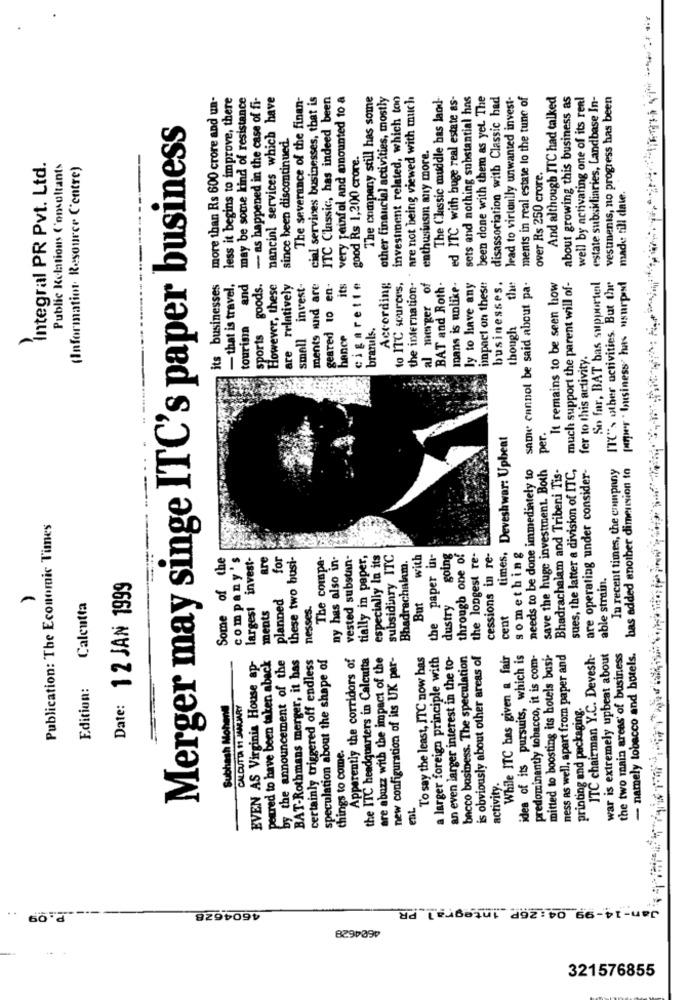
more than Rs 600 crore and un-
less it begins to improve, there
may be some kind of resistance
- as happened in the case of fi-
nancinl services which have
The severance of the finan-
cial services businesses, that is
ITC Classic, has indeed been
very painful and amounted to a
The company still has some
other financial activities, mostly
investment related, which too
are not being viewed with much
The Classic muddle bas laod-
ed ITC with huge real estate as-
sets and nothing substantial has
been done with them as yet. The
disassociation with Classic had
lead to virtually unwanted invest-
ments in real estate lo the tune of
And although ITC had talked
about growing this business as
well by activating one of its real
estate subsidiaries, Landbase In-
vesunenis, no progress has been
Merger may singe ITC's paper business
since been discontinued.
good Rs 1,200 crore.
enthusiasm any more.
Integral PR Pvt. Ltd.
Public Relations Consultants
(Information Resource Centre)
over Rs 250 crore.
made: till date.
ITC's other activities. But the
[oaper " business" has usurped
its businesses
- that is travel.
tourism and
sports goods.
However, these
are relatively
small invest-
ments and are
geared to en-
its
cigarette
According
to IT℃ sources,
the internation.
al merger of
BAT and Roth.
Inans is unlike-
ly to have any
impact on these
businesses.
the
same cannot be said about pa-
It remains to be seen how
much support the parent will of-
So far, BAT bas supporteil
brandls.
though
hence
fer to this activity.
times, Deveshwar: Upbeat
per.
needs to be done immediately to
save the huge investment. Both
Bhadrachalam and Tribeni Tis-
sues, the latter a division of ITC,
are operating under consider-
In recent times, the company
has added another dimension to
Publication: The Economic Times
Some of the
company's
invest-
are
for
these two busi-
The compa-
ny has also in-
vested substan-
tially in paper,
especially in its
subsidiary ITC
Bhadrachalam.
But with
the paper in-
dustry going
through one of
the longest re-
cessions in re-
something
able strain.
1 2 JAN 1999
planned
Calcutta
largest
ments
nesses.
cent
peered to have been taken aback
by the announcement of the
BAT-Rothmans merger, it has
certainly triggered off endless
speculation about the shape of
Apparently the corridors of
the ITC headquarters in Calcutta
are abuzz with the impact of the
new configuration of its UK per-
To say the least, ITC now has
a larger foreign principle with
an even larger interest in the to-
bacco business. The speculation
is obviously about other areas of
While ITC has given a fair
idea of its pursuits, which is
predominantly tobacco, it is com-
mitted to boosting its hotels busi-
ness as well, apart from paper and
chairman Y.C. Devesh-
war is extremely upbeat about
the two main areas' of business
- namely tobacco and hotels.
EVEN AS Virginia House ap-
Edition:
Date:
Subhash Mohendl
CALCUTTA 11 JANUARY
nd packaging.
things to come.
printing and pac
activity.
ent.
Jan- 14-99 04 : 26P _Integral PR
4604628
321576855